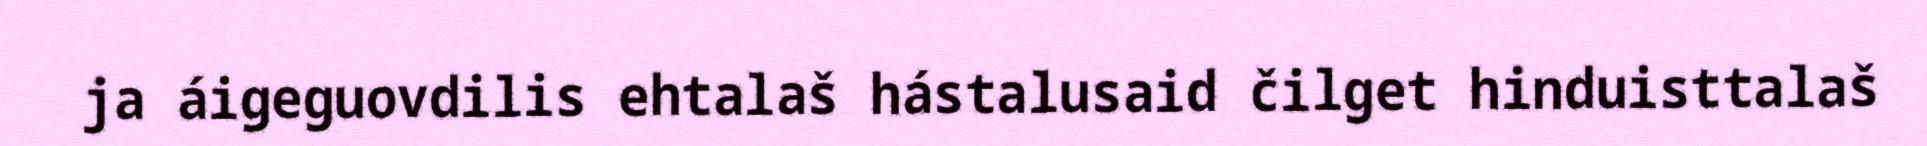
ja áigeguovdilis ehtalaš hástalusaid čilget hinduisttalaš